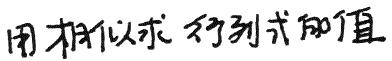
用相似求行列式的值